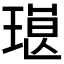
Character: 𱯓